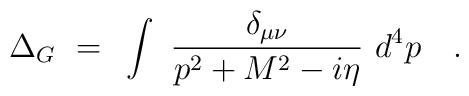
\Delta_G ~=~ \int ~ {{\delta_{\mu\nu}} \over {p^2 + M^2 - i\eta}}~ d^4p\quad .